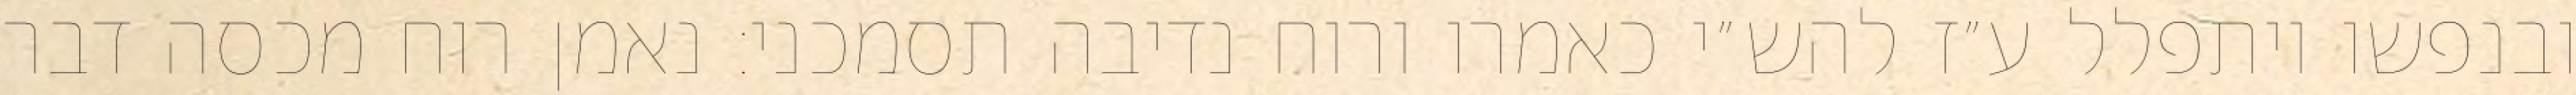
ובנפשו ויתפלל ע״ז להש״י כאמרו ורוח נדיבה תסמכני: נאמן רוח מכסה דבר